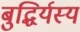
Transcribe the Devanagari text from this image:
बुद्धिर्यस्य